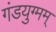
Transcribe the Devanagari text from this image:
गंडयुग्मम्